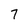
Character: 7